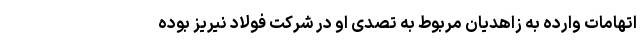
اتهامات وارده به زاهدیان مربوط به تصدی او در شرکت فولاد نیریز بوده